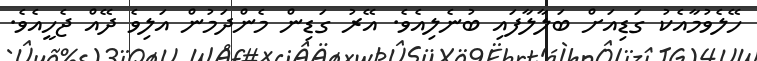
ހޭލެވުމާއެކު ގަޑިއަށް ބަލާލާފައި ބުނެލިއެވެ. އޭރު ގަޑިން މެންދަމުން އަލިވެ ދޭއް ޖެހީއެވެ.